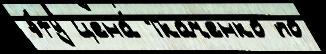
э́ту цена́ Ткаченко по